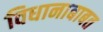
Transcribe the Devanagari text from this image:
विधानाबाबत